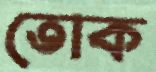
তোক